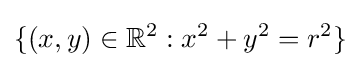
\{(x,y)\in \mathbb {R} ^{2}:x^{2}+y^{2}=r^{2}\}